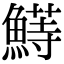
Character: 𬵣